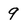
Character: 9